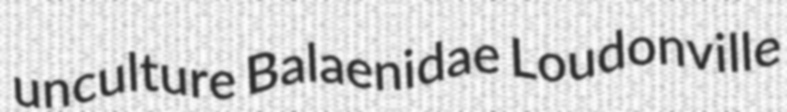
unculture Balaenidae Loudonville